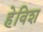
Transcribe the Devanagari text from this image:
हेविश